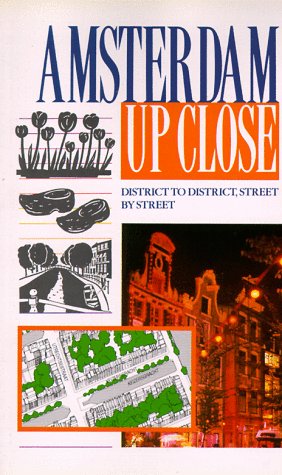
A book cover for Amsterdam Up Close: District to District, Street by Street; Fiona Duncan; Travel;